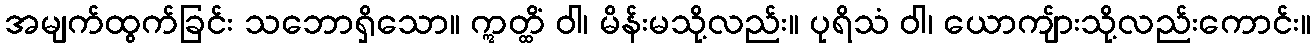
အမျက်ထွက်ခြင်း သဘောရှိသော။ ဣတ္ထိံ ဝါ၊ မိန်းမသို့လည်း။ ပုရိသံ ဝါ၊ ယောကျ်ားသို့လည်းကောင်း။